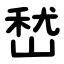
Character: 嵆